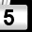
Digit: 5